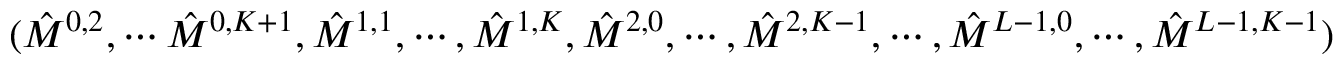
( \hat { M } ^ { 0 , 2 } , \cdots \hat { M } ^ { 0 , K + 1 } , \hat { M } ^ { 1 , 1 } , \cdots , \hat { M } ^ { 1 , K } , \hat { M } ^ { 2 , 0 } , \cdots , \hat { M } ^ { 2 , K - 1 } , \cdots , \hat { M } ^ { L - 1 , 0 } , \cdots , \hat { M } ^ { L - 1 , K - 1 } )